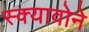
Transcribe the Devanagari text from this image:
स्क्यावोने